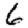
Digit: 6